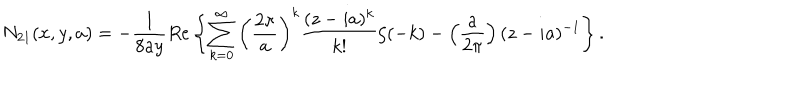
N _ { 2 1 } ( x , y , a ) = - \frac { 1 } { 8 a y } R e \left\{ \sum _ { k = 0 } ^ { \infty } \left( \frac { 2 \pi } { a } \right) ^ { k } \frac { ( z - i a ) ^ { k } } { k ! } \zeta ( - k ) - \left( \frac { a } { 2 \pi } \right) ( z - i a ) ^ { - 1 } \right\} .